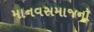
માનવસમાજનો